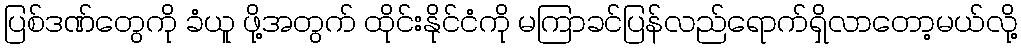
ပြစ်ဒဏ်တွေကို ခံယူ ဖို့အတွက် ထိုင်းနိုင်ငံကို မကြာခင်ပြန်လည်ရောက်ရှိလာတော့မယ်လို့